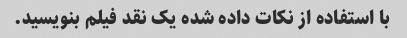
با استفاده از نکات داده شده یک نقد فیلم بنویسید.